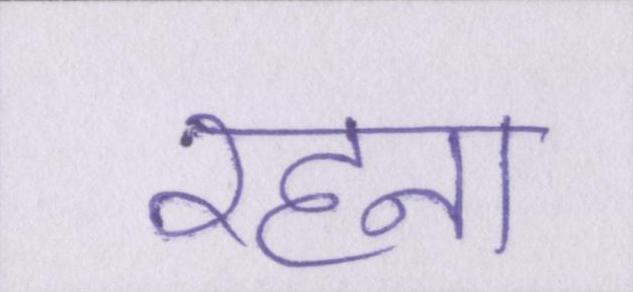
रहना